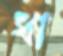
ধা